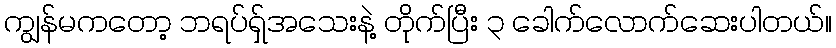
ကျွန်မကတော့ ဘရပ်ရှ်အသေးနဲ့ တိုက်ပြီး ၃ ခေါက်လောက်ဆေးပါတယ်။